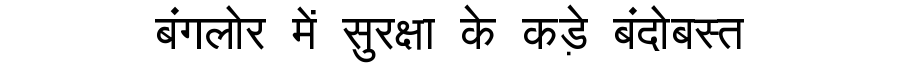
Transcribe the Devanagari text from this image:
बंगलोर में सुरक्षा के कड़े बंदोबस्त